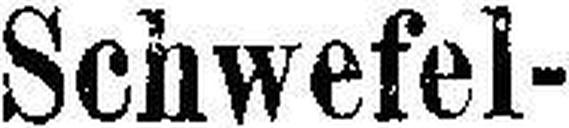
Schwefel-